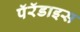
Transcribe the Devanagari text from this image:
पॅरॅडाइस